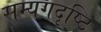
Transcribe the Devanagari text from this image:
सम्यगदृष्टि